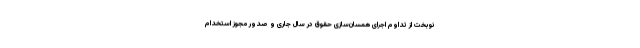
نوبخت از تداوم اجرای همسان‌سازی حقوق در سال جاری و صدور مجوز استخدام